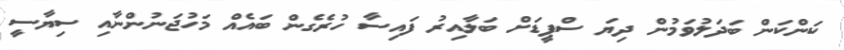
ކަންކަން ބަދަލުވަމުން ދިޔަ ސްޕީޑަށް ބަލާއިރު ފައިސާ ހުރެގެން ބައެއް މަހުޖަނުންނާއި ސިޔާސީ